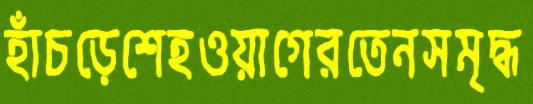
হাঁচড়েশেহওয়াগেরতেনসমৃদ্ধ